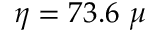
\eta = 7 3 . 6 ~ \mu